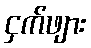
ငှက်ဖျား